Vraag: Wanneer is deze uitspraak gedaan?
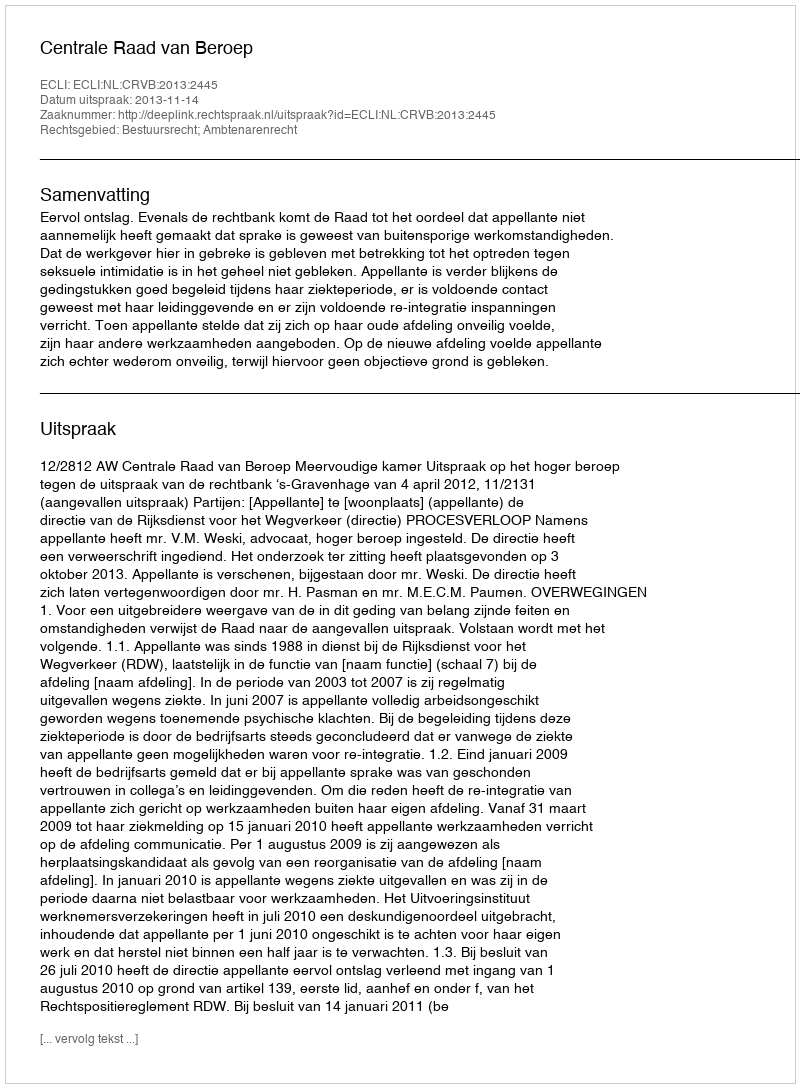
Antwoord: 2013-11-14